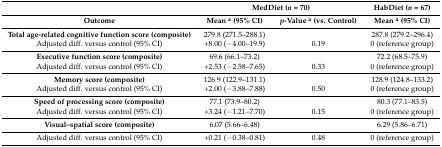
|  | <COLSPAN=2> MedDiet (n = 70) | HabDiet (n = 67) |
 | Outcome | Mean a (95% CI) | p-Value a (vs. Control) | Mean a (95% CI) |
 | --- | --- | --- | --- |
 | Total age-related cognitive function score (composite) | 279.8 (271.5–288.1) |  | 287.8 (279.2–296.4) |
 | Adjusted diff. versus control (95% CI) | +8.00 (−4.00–19.9) | 0.19 | 0 (reference group) |
 | Executive function score (composite) | 69.6 (66.1–73.2) |  | 72.2 (68.5–75.9) |
 | Adjusted diff. versus control (95% CI) | +2.53 (−2.58–7.65) | 0.33 | 0 (reference group) |
 | Memory score (composite) | 126.9 (122.9–131.1) |  | 128.9 (124.8–133.2) |
 | Adjusted diff. versus control (95% CI) | +2.00 (−3.88–7.88) | 0.50 | 0 (reference group) |
 | Speed of processing score (composite) | 77.1 (73.9–80.2) |  | 80.3 (77.1–83.5) |
 | Adjusted diff. versus control (95% CI) | +3.24 (−1.21–7.70) | 0.15 | 0 (reference group) |
 | Visual–spatial score (composite) | 6.07 (5.66–6.48) |  | 6.29 (5.86–6.71) |
 | Adjusted diff. versus control (95% CI) | +0.21 (−0.38–0.81) | 0.48 | 0 (reference group) |